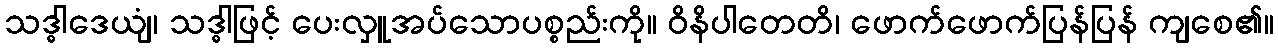
သဒ္ဓါဒေယျံ၊ သဒ္ဓါဖြင့် ပေးလှူအပ်သောပစ္စည်းကို။ ဝိနိပါတေတိ၊ ဖောက်ဖောက်ပြန်ပြန် ကျစေ၏။